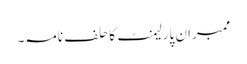
ممبران پارلیمنٹ کا حلف نامہ۔